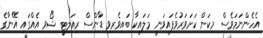
އެހެންނަމަވެސް މިކަން ކަށަވަރުވެފައިވަނީ މަލައިކާ ބައިވެރިވި ޑާންސް ރިއަލިޓީ ޝޯވ އެއްގައި އޭނާގެ